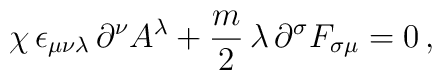
\chi\,\epsilon_{\mu\nu\lambda}\,\partial^{\nu}A^{\lambda} + \frac{m}{2}\,\lambda\,\partial^{\sigma}F_{\sigma\mu} = 0\,,